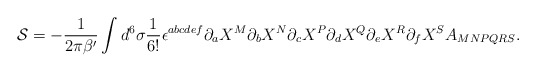
\begin{align*}{\cal S} = - {1 \over 2 \pi \beta'} \int d^6\sigma {1 \over 6!}\epsilon^{abcdef} \partial_a X^M \partial_b X^N \partial_c X^P \partial_dX^Q \partial_e X^R \partial_f X^S A_{MNPQRS}. \end{align*}